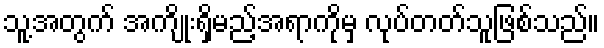
သူ့အတွက် အကျိုးရှိမည့်အရာကိုမှ လုပ်တတ်သူဖြစ်သည်။